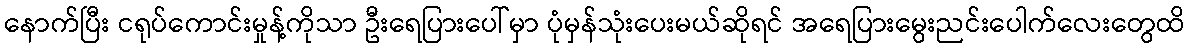
နောက်ပြီး ငရုပ်ကောင်းမှုန့်ကိုသာ ဦးရေပြားပေါ်မှာ ပုံမှန်သုံးပေးမယ်ဆိုရင် အရေပြားမွေးညင်းပေါက်လေးတွေထိ